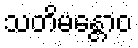
သတိမန္တောဝ